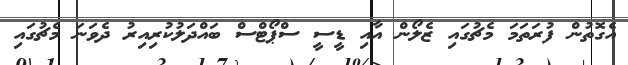
އެގޮތުން ފުރަތަމަ މެޗުގައި ޒެލޯން އާއި ޑީސީ ސްޕޯޓްސް ބައްދަލުކުރިއިރު ދެވަނަ މެޗުގައި